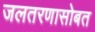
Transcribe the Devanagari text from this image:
जलतरणासोबत